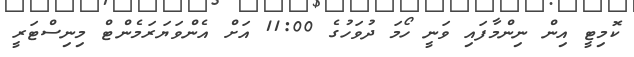
ކޮމިޓީ އިން ނިންމާފައި ވަނީ ހޯމަ ދުވަހުގެ 11:00 އަށް އެންވަޔަރަމެންޓް މިނިސްޓަރީ